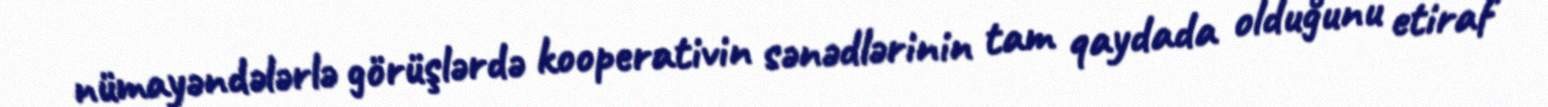
nümayəndələrlə görüşlərdə kooperativin sənədlərinin tam qaydada olduğunu etiraf